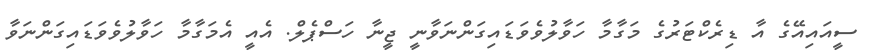
ސީއައިއޭގެ އާ ޑިރެކްޓަރުގެ މަގާމާ ހަވާލުވެވަޑައިގަންނަވާނީ ޖީނާ ހަސްޕެލް. އެއީ އެމަގާމާ ހަވާލުވެވަޑައިގަންނަވާ